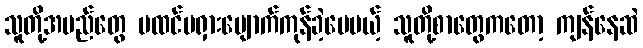
သူတို့အမည်တွေ မထင်မရှားပျောက်ကုန်ခဲ့ပေမယ့် သူတို့စာတွေကတော့ ကျန်နေဆဲ